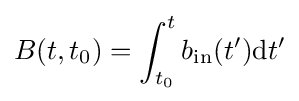
B(t,t_{0})=\int _{t_{0}}^{t}b_{\mathrm {in} }(t^{\prime })\mathrm {d} t^{\prime }